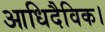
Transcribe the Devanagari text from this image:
आधिदैविक।